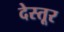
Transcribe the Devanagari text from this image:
देस्तूर